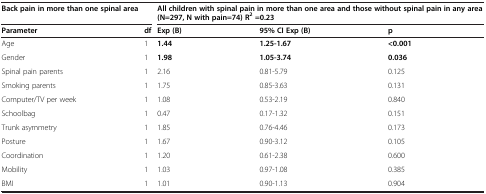
<table><thead><tr><td><b>Back pain in more than one spinal area</b></td><td><b> </b></td><td colspan="3"><b>All children with spinal pain in more than one area and those without spinal pain in any area (N=297, N with pain=74) R<sup>2 </sup>=0.23</b></td></tr><tr><td><b>Parameter</b></td><td><b>df</b></td><td><b>Exp (B)</b></td><td><b>95% CI Exp (B)</b></td><td><b>p</b></td></tr></thead><tbody><tr><td>Age</td><td>1</td><td><b>1.44</b></td><td><b>1.25-1.67</b></td><td><b>&lt;0.001</b></td></tr><tr><td>Gender</td><td>1</td><td><b>1.98</b></td><td><b>1.05-3.74</b></td><td><b>0.036</b></td></tr><tr><td>Spinal pain parents</td><td>1</td><td>2.16</td><td>0.81-5.79</td><td>0.125</td></tr><tr><td>Smoking parents</td><td>1</td><td>1.75</td><td>0.85-3.63</td><td>0.131</td></tr><tr><td>Computer/TV per week</td><td>1</td><td>1.08</td><td>0.53-2.19</td><td>0.840</td></tr><tr><td>Schoolbag</td><td>1</td><td>0.47</td><td>0.17-1.32</td><td>0.151</td></tr><tr><td>Trunk asymmetry</td><td>1</td><td>1.85</td><td>0.76-4.46</td><td>0.173</td></tr><tr><td>Posture</td><td>1</td><td>1.67</td><td>0.90-3.12</td><td>0.105</td></tr><tr><td>Coordination</td><td>1</td><td>1.20</td><td>0.61-2.38</td><td>0.600</td></tr><tr><td>Mobility</td><td>1</td><td>1.03</td><td>0.97-1.08</td><td>0.385</td></tr><tr><td>BMI</td><td>1</td><td>1.01</td><td>0.90-1.13</td><td>0.904</td></tr></tbody></table>